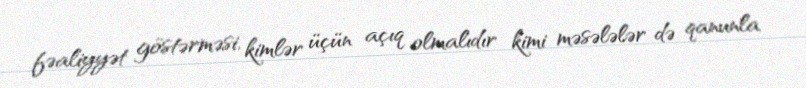
fəaliyyət göstərməsi, kimlər üçün açıq olmalıdır kimi məsələlər də qanunla